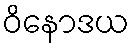
ဝိနောဒယ